Report on sanitation, dispensaries, and jails in Rajputana for 1913, and on vaccination for the year 1913-1914 - 1913-1914
Year: 1913
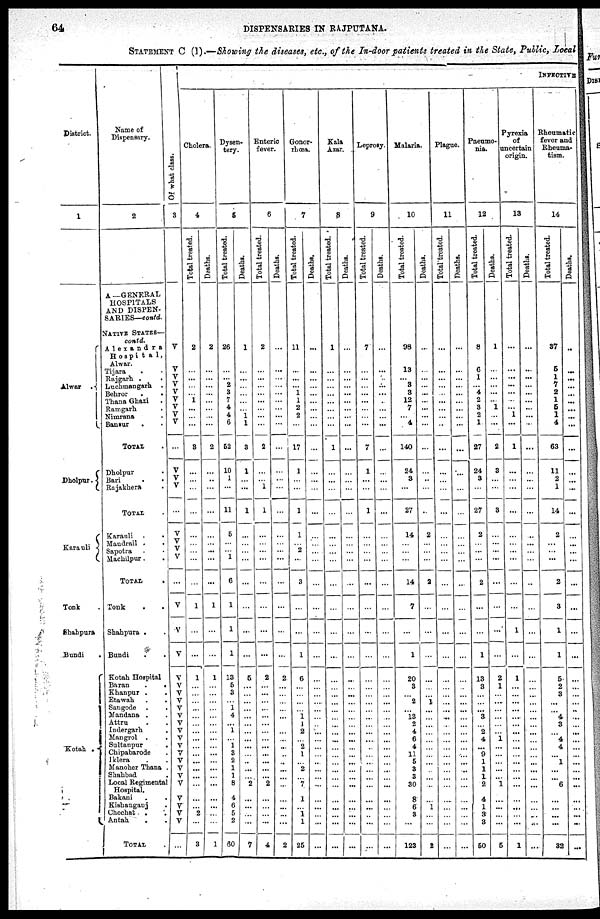
64
DISPENSARIES IN RAJPUTANA.
STATEMENT C (1).—Showing the diseases, etc., of the In-door patients treated in the State, Public, Local
District.
1
Alwar .
Dholpur.
Karauli
Tonk .
Shahpura
Bundi
.
Kotah .
Name of
Dispensary.
2
A—GENERAL
HOSPITALS
AND DISPEN-
SARIES—contd.
NATIVE STATES—
contd.
Alexandra
Hospita1,
Alwar.
Tijara . .
Rajgarh .
.
Luchmangarh .
Behror . .
Thana Ghazi .
Ramgarh .
Nimrana .
Bansur . .
TOTAL .
Dholpur .
Bari . .
Rajakhera .
TOTAL .
Karauli . .
Mandrail .
.
Sapotra . .
Machilpur. .
TOTAL
.
Tonk . .
Shahpura . .
Bundi . .
Kotah Hospital
Baran
.
.
Khanpur . .
Etawah
.
.
Sangode . .
Mandana . .
Attru . .
Indergarh
.
Mangrol . .
Sultanpur
.
Chipabarode .
Iklera . .
Manoher Thana .
Shahbad .
Local Regimental
Hospital.
Bakani . .
Kishanganj .
Chechat . .
Antah . .
TOTAL.
Of what class.
3
V
V
V
V
V
V
V
V
V
...
V
V
V
...
V
V
V V
...
V
V
V
V
V
V
V
V
V
V
V
V
V
V
V
V
V
V
V
V
V
V
. . .
INFECTIVE
Cholera.
4
Total treated.
2
...
...
...
...
1
...
...
...
3
...
...
...
...
...
...
...
...
...
1
...
...
1
...
...
...
...
...
...
...
...
...
...
...
...
...
...
...
...
2
...
3
Deaths.
2
...
...
...
...
...
...
...
...
2
...
..
...
...
...
...
...
...
...
1
...
...
1
...
...
...
...
...
...
...
...
...
...
...
...
...
...
...
...
...
...
1
Dysen-
tery.
5
Total treated.
26
...
...
2
3
7
4
4 6
52
10
1
...
11
5
...
...
1
6
1
1
1
13
5
3
...
1
4
...
1
...
1
3
2
1
1
8
4
6
5
2
60
Deaths.
1
...
...
...
...
...
...
1
1
3
1
...
...
1
...
...
...
...
...
...
...
...
5
...
...
...
...
...
...
...
...
...
...
...
...
...
2
...
...
...
...
7
Enteric
fever.
6
Total treated.
2
...
...
...
...
...
...
...
...
2
...
...
1
1
...
...
...
...
...
...
...
...
2
...
...
...
...
...
...
...
...
...
...
...
...
...
2
...
...
...
...
4
Deaths.
...
...
...
...
...
...
...
...
...
...
...
...
...
...
...
...
...
...
...
...
...
...
2
...
...
...
...
...
...
...
...
...
...
...
...
...
...
...
...
...
...
2
Gonor-
rhœa.
7
Total treated.
11
...
...
... 1
1
2
2
...
17
1
...
...
1
1
...
2
...
3
...
...
1
6
...
...
...
...
1 1
2
...
2
1
...
2
...
7
1
...
1
1
25
Deaths.
...
...
...
...
...
...
...
...
...
...
...
...
...
...
...
...
...
...
...
...
...
...
...
...
...
...
...
...
...
...
...
...
...
...
...
...
...
...
...
...
...
...
Kala
Azar.
8
Total treated.
1
...
...
...
...
...
...
...
...
1
...
...
...
...
...
...
...
...
...
...
...
...
...
...
...
...
...
...
...
...
...
...
...
...
...
...
...
...
...
...
...
...
Deaths.
...
...
...
...
...
...
...
...
...
...
...
...
...
...
...
...
...
...
...
...
...
...
...
...
...
...
...
...
...
...
...
...
...
...
...
...
...
...
...
...
...
...
Leprosy.
9
Total treated.
7
...
...
...
...
...
...
...
...
7
1
...
...
1
...
...
...
...
...
...
...
...
...
...
...
...
...
...
...
...
...
...
...
...
...
...
...
...
...
...
...
...
Deaths.
...
...
..
...
...
...
...
...
...
...
...
...
...
...
...
...
...
...
...
...
...
...
...
...
...
...
...
..
...
...
...
...
...
...
...
...
...
...
...
...
...
...
Malaria.
10
Total treated.
98
13
...
3
3
12
7
...
4
140
24
3
...
27
14
...
...
...
14
7
...
1
20
3
...
2
...
13
2
4
6
4
11
5
3
3
30
8
6
3
...
123
Deaths.
...
...
...
...
...
...
...
...
...
...
...
...
...
..
2
...
...
...
2
...
...
...
...
...
...
1
...
...
...
...
...
...
...
...
...
...
...
...
1
...
...
2
Plague.
11
Total treated.
...
...
...
...
...
...
...
...
...
...
...
...
...
...
...
...
...
...
...
...
...
...
...
...
...
...
...
...
...
...
...
...
...
...
...
...
...
...
...
...
...
...
Deaths.
...
...
...
...
...
...
...
...
...
...
...
...
...
...
...
...
...
...
...
...
...
...
...
...
...
...
...
...
...
...
...
...
...
...
...
...
...
...
...
...
...
...
Pneumo-
nia.
12
Total treated.
8
6
1
... 4
2
3
2 1
27
24
3
...
27
2
...
...
...
2
...
...
1
13
3
...
...
...
3
...
2
4
...
9
1
1
1
2
4
1
3
3
50
Deaths.
1
...
...
...
...
...
1
...
...
2
3
...
...
3
...
...
...
...
...
...
...
...
2
1
...
...
...
...
...
...
1
...
...
...
...
...
1
...
...
...
...
5
Pyrexia
of
uncertain
origin.
13
Total treated.
...
...
...
...
...
...
...
1
...
1
...
...
...
...
...
...
...
...
...
...
1
...
1
...
...
...
...
...
...
...
...
...
...
...
...
...
...
...
...
...
...
1
Deaths.
...
...
...
...
...
...
...
...
...
...
...
...
...
...
...
...
...
..
...
...
...
...
...
...
...
...
...
...
...
...
...
...
...
...
...
...
...
...
...
...
...
Rheumatic
fever and
Rheuma-
tism.
14
Total treated.
37
5
1
7
2
1
5
1 4
63
11
2
1
14
2
...
...
...
2
3
1
1
5
2
3
...
...
4
3
...
4
4
...
1
...
...
6
...
...
...
...
32
Deaths.
..
...
...
...
...
...
...
...
...
...
...
...
...
...
...
...
...
...
...
...
...
...
...
...
...
...
...
...
...
...
...
...
...
...
...
...
...
...
...
...
...
...